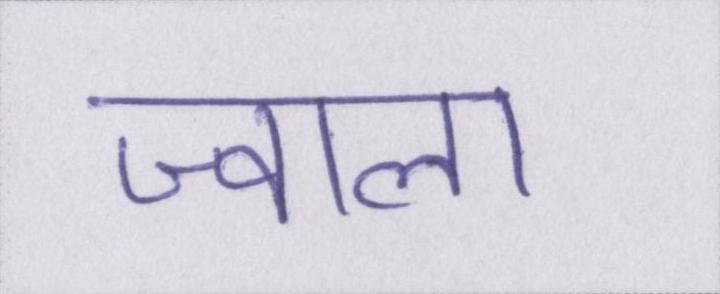
ज्वाला